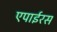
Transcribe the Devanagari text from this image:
एपाईरस